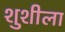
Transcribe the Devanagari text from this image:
शुशीला